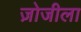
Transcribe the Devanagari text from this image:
ज़ोजीला